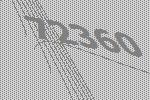
72360